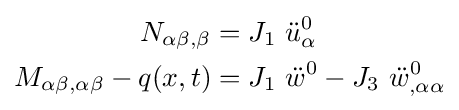
{\begin{aligned}N_{\alpha \beta ,\beta }&=J_{1}~{\ddot {u}}_{\alpha }^{0}\\M_{\alpha \beta ,\alpha \beta }-q(x,t)&=J_{1}~{\ddot {w}}^{0}-J_{3}~{\ddot {w}}_{,\alpha \alpha }^{0}\end{aligned}}